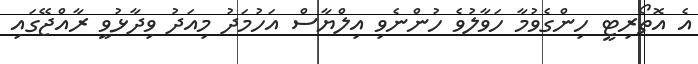
އެ އޮތޯރިޓީ ހިންގެވުމާ ހަވާލުވެ ހުންނެވި އިލްޔާސް އަހުމަދު މިއަދު ވިދާޅުވީ ރާއްޖޭގައި